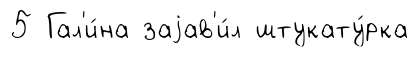
5 Гал'и́на заjав'и́л штукату́рка